Vital statistics of India. Vol. IV, Annual returns from 1871 to 1876. British Army of India, Native Army and jails of Bengal
Year: 1871
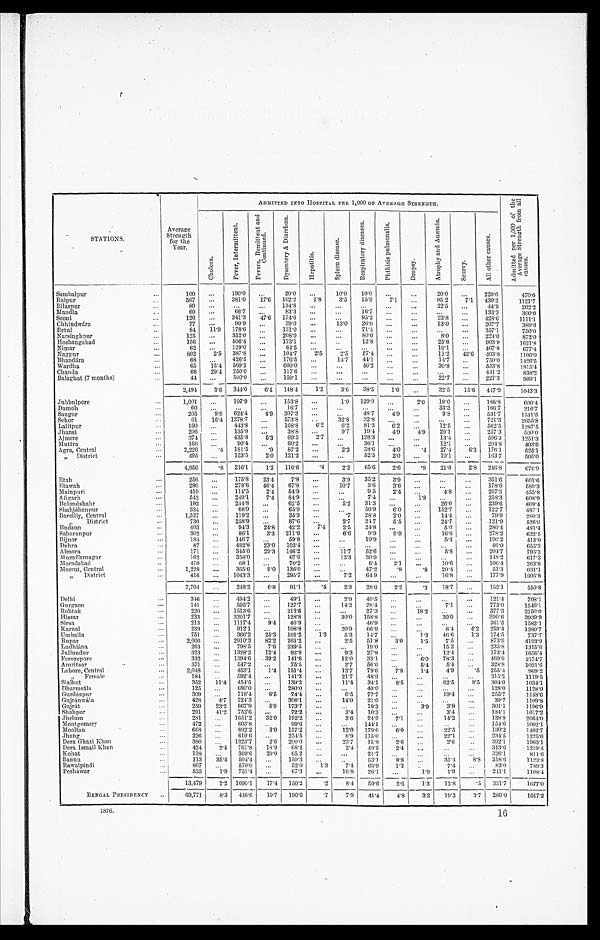
STATIONS.
Av e r a g e St r e n g t h f o r t h e Ye a r .
ADMITTED INTO HOSPITAL PER 1,000 OF AVERAGE STRENGTH.
A d m i t t e d p e r 1 , 0 0 0 o f t h e A v e r a g e S t r e n g t h f r o m a l l c a u s e s .
Ch o l e r a .
F e v e r , I n t e r m i t t e n t .
F e v e r s , R e m i t t e n t a n d C o n t i n u e d .
D y s e n t e r y & D i a r r h œ a .
H e p a t i t i s .
S p l e e n d i s e a s .
R e s p i r a t o r y d i s e a s e .
P h t h i s i s p u l m o n a l i s .
Dr o p s y .
A t r o p h y a n d A n æ m i a .
S c u r v y .
A l l o t h e r c a u s e s .
Sumbalpur
100
. . . 190·0
. . .
20·0
. . .
10·0 10·0
. . .
. . .
20·0
. . . 220·0
470·0
Raipur
567
. . . 381·0 17·6 162·2
1·8
3·5
15·9
7·1
. . .
95·2
7·1 430·3
1121·7
Bilaspur
89
. . .
. . .
. . . 134·8
. . .
. . .
. . .
. . .
. . .
22·5
. . .
44.9
202·2
Mandla
60
. . .
66·7
. . .
83·3
. . .
. . .
16·7
. . .
. . .
. . .
. . . 133·3
300·0
Seoni
126
. . . 341·3 47·6 174·6
. . .
. . .
95·2
. . . . . .
23·8
. . . 428·6
1111·1
Chhindwára
77
. . .
90·9
. . .
3 9 · 0
. . .
13·0 26·0
. . .
. . .
13·0
. . . 207·7
389·6
Betul
84 11·9 178·6
. . .
131·0
. . .
. . .
71·4
. . .
. . .
. . .
. . . 357·1
750·0
Narsinghpur
125
. . .
352·0
. . . 208·0
. . .
. . . 80·0
. . .
. . .
8·0
. . . 224·0
872·0
Hoshangabad
156
. . . 506·4
. . . 173·1
. . .
. . .
12·8
. . .
. . .
25·6
. . . 903·9
1621·8
Nimar
62
. . . 129·0
. . .
64·5
. . .
. . .
. . .
. . .
. . .
16·1
. . . 467·8
677·4
Nagpur
802
2·5 387·8
. . .
104·7
2·5 2·5 57·4
. . .
. . .
11·2 43·6 493·8
1106·0
Bhandára
6 8
. . . 426·5
. . .
176·5
. . .
14·7
44·1
. . .
. . . 14·7
. . . 750·0
1426·5
Wardha
65
1 5 · 4 569·2
. . . 600·0
. . .
. . . . . .
46·2
. . .
. . .
30·8
. . . 553·8
1815·4
Chanda
68 29·4 250·0
. . .
117·6
. . .
. . .
. . .
. . .
. . .
. . .
. . . 441·2
838·2
Balaghat (7 months)
4 4
. . . 500·0
. . . 159·1
. . .
. . .
. . .
. . .
. . . 22·7
. . . 227·3
909·1
2 , 4 9 4 3 · 6
344·0
6·4 148·4
1·2
3·6 38·5
1 · 6
. . . 32·5 15·6 447·9
1043·3
Jubbulpore
1 , 0 0 1
. . . 107·9
. . .
153·8
. . .
1 · 0 129·9
. . .
2·0 19·0
. . .
186·8
600·4
Damoh
60
. . .
. . .
. . .
16·7
. . .
. . .
. . .
. . .
. . .
33·3
. . .
166·7
216·7
Saugor
205
9·8 624·4
4·9 307·3
. . .
. . . 48·7
4 . 9 . . .
. . . 9·8
. . . 531·7
1541·5
Sehor
61 16·4 1278·7
. . . 573·8
. . .
32·8 32·8
. . .
. . .
. . .
. . .
721·3
2655·8
Lalitpur
160
. . .
443·8
. . . 168·8
6·2
6·2 81·3
6·2
. . .
12·5
. .
562·5
1287·5
Jhansi
206
. . .
1 3 5 · 9
. . .
38·8
. . . 9·7 19·4
4·9
4·9 29·1
. . . 257·3
500·0
Ajmere
374
. . . 435·8
5·3 69·5
2 . 7 . . .
. . . 128·3
. . .
. . .
13·4
. . .
596·3
1251·3
Mutta
166
. . .
90·4
. . .
60·2
. . .
. . .
36·1
. . .
. . .
12·1
. . .
204·8
403·6
Agra, Central
2 , 2 2 6
·4 181·5
·9
87·2
. . .
2·3 38·6
4·0
·4 27·4
6·3 176·1
525·1
" District
495
. . .
153·5
2·0 121·2
. . .
. . .
52·5
2·0
. . .
10·1
. . .
163·7
505·0
4,956
. 8 . . . 216·1
1·2 116·6
·4
2·2 65·6
2·6
· 8 21 · 0
2·8 246·8
676·9
Etah
256
. . .
175·8 23·4
7·8
. . .
3·9 35·2
3·9
. . .
. . .
. . .
351·6
601·6
Etawah
280
. . . 278·6 46·4 67·8
. . .
10·7
3·6
3·6
. . .
. . .
. . .
178·6
589·3
Mainpuri
419
. . . 114·5
2·4
54·9
. . .
. . .
9·5
2·4
. . .
4 . 8 . . .
. . . 267·3
455·8
Aligarh
542
. . . 249·1
7·4
84·9
. . .
. . .
7 . 4 . . .
. . .
1·8
. . .
. . .
258·3
608·9
Bulandshahr
192
. . . 244·8
. . .
62·5
. . .
5·2 31·3
. . .
. . .
26·0
. . . 239·6
609·4
Shahjáhanpur
334
. . .
68·9
. . .
65·9
. . .
...
50·9
6·0 ...
152·7
. . . 122·7
467·1
Bareilly, Central
1,527
. . .
119·2
. . .
35·3
. . .
·7 28·8
2·0
. . .
14·4
. . .
79·9
280·3
" District
730
. . . 258·9
. . .
87·6
. . .
2·7 24·7
5·5
. . .
24·7
. . .
121·9
526·0
Budaun
403
. . .
94·3
24·8
42·2
7 · 4
2·5 24·8
. . .
. . .
5·0
. . .
280·4
481·4
Saharanpur
302
. . .
86·1
3·3 211·9 ...
6·6
9·9
9·9
. . .
16·6
. . .
278·2
622·5
Bijnor
1 8 4
. . .
1 4 6 · 7
. . .
5 9 · 8
. . .
. . .
1 0 · 9
. . .
. . .
5 · 4
. . .
1 9 0 · 2
4 1 3 · 0
Dehra
8 7
. . .
4 8 2 · 8
2 3 · 0
1 0 3 · 4
. . .
. . .
. . .
. . .
. . .
. . .
. . .
4 6 · 0
6 5 5 · 2
Almora
1 7 1
. . .
3 4 5 · 0
2 9 · 3
1 4 6 · 2
. . .
1 1 · 7
5 2 · 6
. . .
. . .
5 · 8
. . .
2 0 4 · 7
7 9 5 · 3
Muzaffarnagar
1 6 2
. . .
3 5 8 · 0
. . .
6 7 · 9
. . .
1 2 · 3
3 0 · 9
. . .
. . .
. . .
. . .
1 4 8 · 2
6 1 7 · 3
Moradabad
4 7 0
. . .
6 8 · 1
. . .
7 0 · 2
. . .
. . .
6 · 4
2 · 1
. . .
1 0 · 6
. . .
1 0 6 · 4
2 6 3 · 8
Meerut, Central
1 , 2 2 8
. . .
3 6 5 · 6
9 · 0
1 3 6 · 0
. . .
. . .
4 7 · 2
· 8
· 8
2 0 · 4
. . .
5 1 · 3
6 3 1 · 1
" District
416
. . . 1043·3
. . .
295·7
. . .
7·2
64·9
. . .
. . .
16·8
. . .
177·9
1605·8
7,704
. . . 248·2
6·9
91·1
· 4
2·3
28·6
2·2
· 3
18·7
. . .
152·1
550·8
Delhi
346
. . . 494·2
. . .
49·1
. . .
2·9
40·5
. . .
. . .
. . .
. . . 121·4
708·1
Gurgaon
141
. . .
595·7
. . . 127·7
. . . .
14·2 28·4
. . .
. . .
7·1
. . . .
773·0
1546·1
Rohtak
220
. . . 1513·6
. . .
213·6
. . .
. . .
27·3
. . . 18·2
. . .
. . . 377·3
2150·0
Hissar
233
. . . 3201·7
. . .
128·8
. . .
30·0 158·8
. . .
. . .
30·0
. . . 390·6
3939·9
Sirsa
213
. . . 1117·4
9· 4
46·9
. . .
. . .
46·9
. . .
. . .
. . .
. . .
361·5
1582·1
Karnal
239
. . . 912·1
. . . 108·8
. . .
20·9
66·9
. . .
. . .
8·4
4·2 259·4
1380·7
Umballa
751
. . .
366·2
25·3 101·2
1·3
5·3
14·7
. . .
1·3
46·6
1·3 174·5
737·7
Rupar
2,006
. . . 2910·3
82·2 261·2
. . .
2·5
51·8
3·0
1· 5
7 · 5 . . .
873·9
4193·9
Ludhiána
263
. . .
798·5
7· 6 239·5
. . .
. . .
19·0
. . .
. . .
15·2
. . .
235·8
1315·6
Jullundur
323
. . . 1328·2
12·4
92·9
. . .
9·3
27·8
. . .
. . .
12·4
. . .
173·4
1656·4
Ferozepore
332
. . . 1394·6 .39·2
141·6
. . .
12·0
33·1
. . .
6.0 78·3
. . . 469·9
2174·7
Amritsar
371
. . .
547·2
. . .
75·5
. . .
2·7
56·6
. . .
5· 4
5 · 4
. . . 328·8
1021·6
Lahore, Central
2,048
. . . 453·1
1· 4
151·4
. . .
13·7
79·6
7·8
1· 4
4· 9
· 5 2 5 5 · 4
969·2
" Female
184
. . . 592·4
. . .
141·3
. . .
21·7
48·9
. . .
. . .
. . .
. . .
315·2
1119·5
S i a l k o t
352
11·4 454·5
. . .
139·2
. . .
11·4
34·1
8·5
. . .
62·5
8· 5 304·0
1034·1
Dharmsála
125
. . . 680·0
. . .
280·0
. . .
. . .
40·0
. . .
. . .
. . .
. . .
128·0
1128·0
Gurdáspur
309
. . .
718·4
. . .
6·5 74· 4
. . .
6·5
77·7
. . .
. . .
19· 4
. . .
255·7
1158·6
Gujránwála
428
4· 7 724·3
. . .
306·1
. . .
14·0
21·0
. . .
. . .
...
. . .
39·7
1109·8
Gujrát
259
23·2 667·9
3 · 9 1 7 3 · 7
. . .
. . .
19·3
. . .
3· 9
3 . 9 . . .
301·1
1196·9
Shahpur
.291
41·2 752·6
. . .
72· 2
. . .
3 . 4 . . .
10·3
. . .
. . .
3 . 4 . . .
. . . 134·1
1017·2
Jhelum
281
. . . 1651·2 32·0 192·2
. . .
3· 6
24·9
7·1
. . .
14·2
. . .
138·8
2064·0
Montgomery
472
. . . 603·8
. . .
99· 6
. . .
. . .
144·1
. . .
. . .
. . .
. . .
154·6
1002·1
Mooltan
668
. . . 892·2
3 · 0 1 5 7 · 2
. . .
12·0 179·6
6 · 0
. . .
22· 5
. . .
130·2
1402·7
Jhang
226
. . . 610·6
. . .
234·5
. . .
8· 9 115·0
. . .
. . .
22·1
. . . 234·5
1225·6
Dera Ghazi Khan
380
. . . 1323·7
2 · 6 2 0 0 · 0
. . .
23·7
15·8
2· 6
. . .
2 · 6 . . .
392·1
1963·1
Dera Ismail Khan
424
2 · 4
761· 8
18·9
6 8 · 4
. . .
2· 4
49·5
2· 4
. . .
. . .
. . .
313·6
1219·4
Kohat
138
. . . 369·6 29· 0
65· 2
. . .
. . .
21·7
. . .
. . .
. . .
. . .
326·1
811·6
Bannu
113
35· 4 504·4
. . .
159· 3
. . .
. . .
53·1
8· 8
. . .
35· 4
8 · 8 3 1 8 · 6
1123·8
Rawalpindi
807
. . .
570· 0
. . .
52· 0
1· 3
7· 4
66·9
1·3
. . .
. 7 . 4 . .
. . .
83· 0
789·3
Pesháwar
535
1 · 9
751· 4
. . .
67·3
. . .
16·8
26·1
. . .
1 · 9 1 · 9
. . .
241·1
1108·4
13,479 2 · 2 1090·1
1 7 · 4
1 5 0 · 2
· 2
8 · 4
59·6
2 · 6
1 · 3
1 2 · 8
· 5
331·7
1677·0
B E N G A L P R E S I D E N C Y
69,771
8 · 3
4 4 6 · 6
10· 7
190· 6
· 7
7 · 9
4 1 · 4
4 · 8
3 · 2
1 9 · 3
3 · 7
2 8 0 · 0
1 0 1 7 · 2